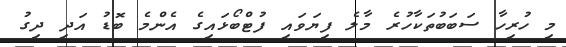
މި ހުރިހާ ސަބަބުތަކާހުރެ މާލެ ފިޔަވައި ފުޓްބޯޅައިގެ އެންމެ ބޮޑު އަދި ދިގު